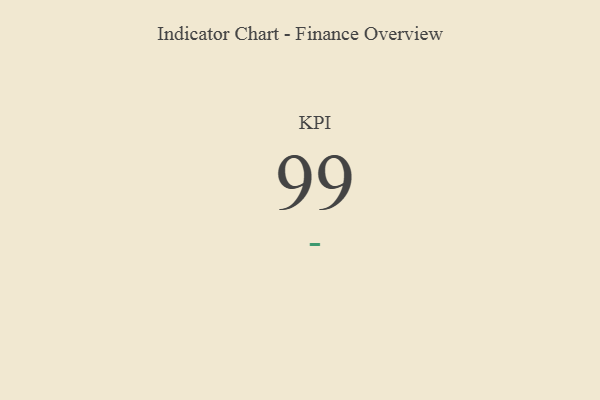
{"axis": {"x": "KPI", "y": "Value"}, "legend": [""], "data": [{"x": "KPI", "y": 99, "type": ""}]}